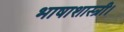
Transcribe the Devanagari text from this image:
भाषाशास्त्री।